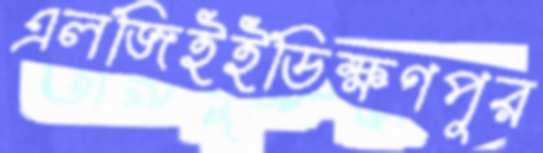
এলজিইইডিক্ষণপূর